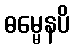
ဓမ္မေနပိ